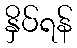
နှိပ်ရန်